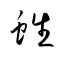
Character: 﨡